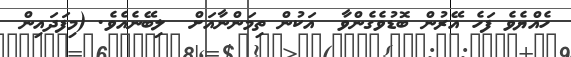
ހެއްޔެވެ ފަހެ އޭރުން ބޮޑުވެގެންވާ  އަކުން ތިމަންނާއަށް  ލިބޭނެއެވެ. (މިފަދައިން